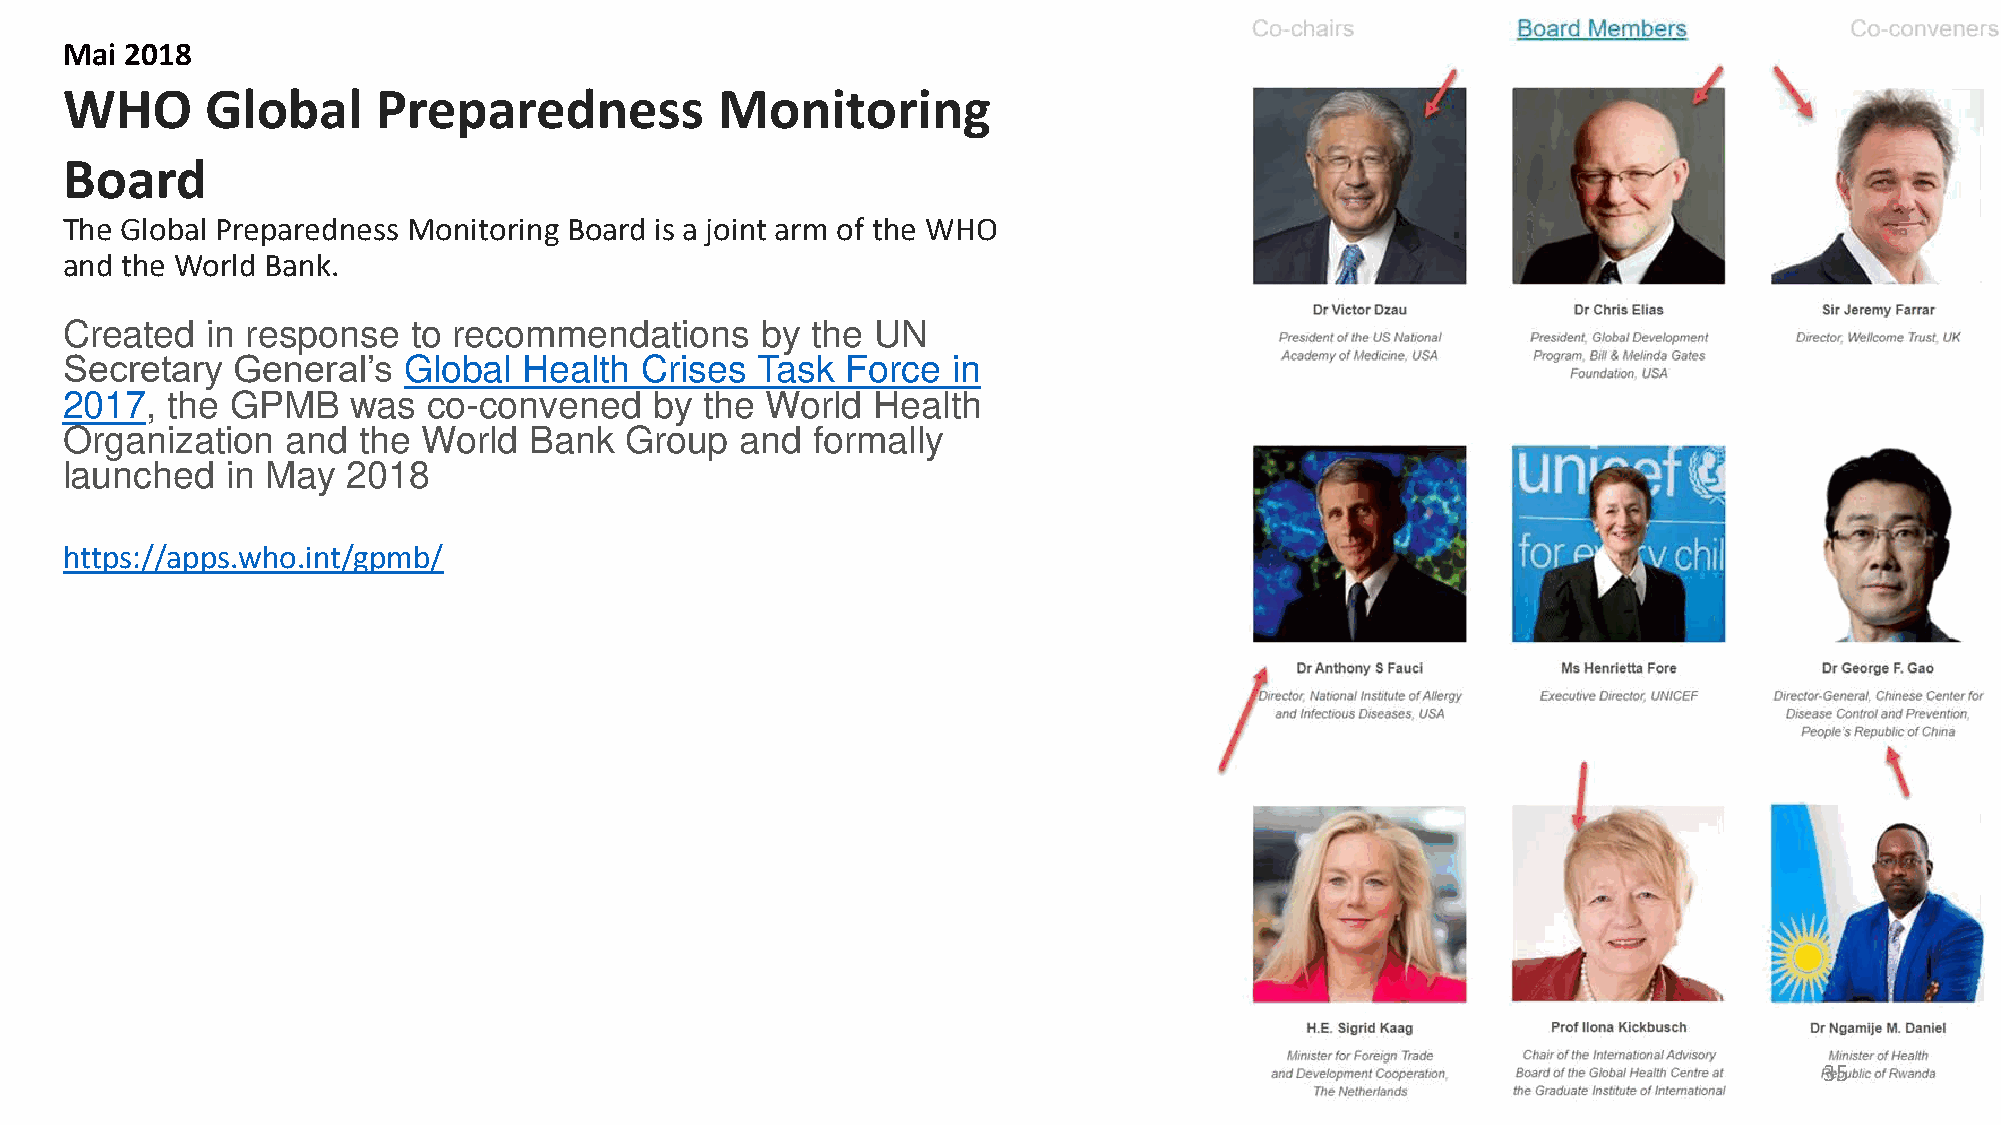
Mai 2018
 WHO       Global     Preparedness           Monitoring
 Board
 The Global Preparedness Monitoring Board is a joint arm of the WHO
 and the World Bank.
 Created   in response  to recommendations     by  the UN
 Secretary  General’s   Global  Health Crises  Task  Force  in
 2017,  the GPMB    was  co-convened    by  the World  Health
 Organization   and  the World  Bank  Group   and  formally
 launched   in May  2018
 https://apps.who.int/gpmb/
 35